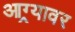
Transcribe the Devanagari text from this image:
आग्र्यावर